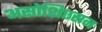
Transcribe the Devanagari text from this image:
असोशिएसन